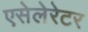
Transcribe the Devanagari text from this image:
एसेलेरेटर